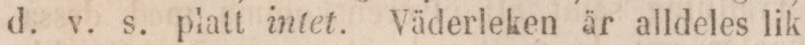
d. v. s. platt intet. Väderleken är alldeles lik